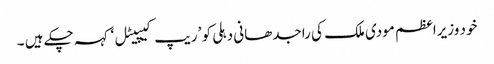
خود وزیراعظم مودی ملک کی راجدھانی دہلی کو ’ریپ کیپیٹل ‘کہہ چکے ہیں ۔